Vaccination in Burma 1920-1933 - 1920-1933
Year: 1920
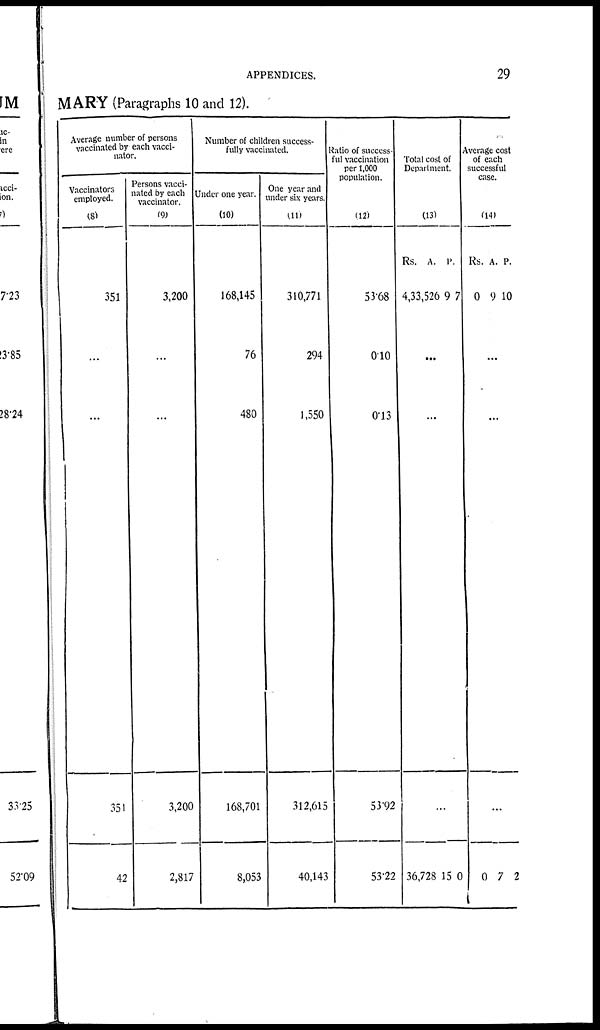
APPENDICES.
29
MARY (Paragraphs 10 and 12).
Average number of persons
vaccinated by each vacci-
nator.
Vaccinators
employed.
(8)
351
...
...
351
42
Persons vacci-
nated by each
vaccinator.
(9)
3,200
...
...
3,200
2,817
Number of children success-
fully vaccinated.
Under one year.
(10)
168,145
76
480
168,701
8,053
One year and
under six years.
(11)
310,771
294
1,550
312,615
40,143
Ratio of success-
ful vaccination
per 1,000
population.
(12)
53.68
0.10
0.13
53.92
53.22
Total cost of
Department.
(13)
Rs.
4,33,526
A.
9
P.
7
...
...
...
36,728 15 0
Average cost
of each
successful
case.
(14)
Rs.
0
A.
9
P.
10
...
...
...
0 7 2